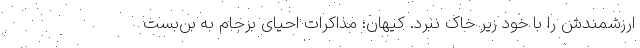
ارزشمندش را با خود زیر خاک نبرد. کیهان: مذاکرات احیای برجام به بن‌بست